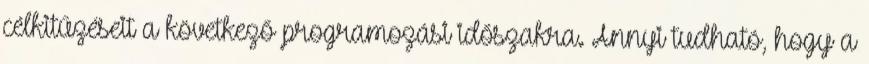
célkitűzéseit a következő programozási időszakra. Annyi tudható, hogy a